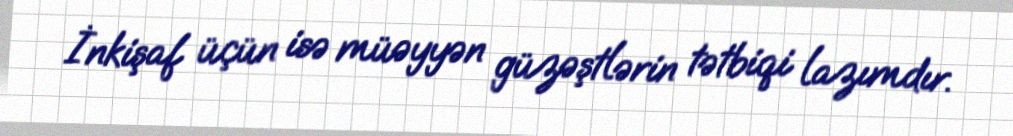
İnkişaf üçün isə müəyyən güzəştlərin tətbiqi lazımdır.